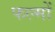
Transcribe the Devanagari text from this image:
फल्मों